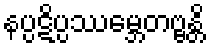
နပ္ပဋိပ္ပဿမ္ဘေတဗ္ဗန္တိ